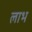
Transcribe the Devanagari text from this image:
लाभ्‍ा